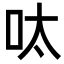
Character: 呔